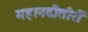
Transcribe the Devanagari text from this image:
महानदीतीरीं